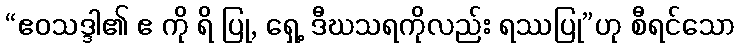
“ဧဝသဒ္ဒါ၏ ဧ ကို ရိ ပြု, ရှေ့ ဒီဃသရကိုလည်း ရဿပြု”ဟု စီရင်သော